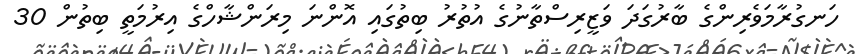
ހަނގުރާމަވެރިންގެ ބާރުގަދަ ވަޒީރިސްތާނުގެ އުތުރު ބިތުގައި އޮންނަ މިރަންޝާހްގެ އިރުމަތީ ބިތުން 30